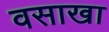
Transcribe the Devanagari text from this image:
वसाखा